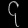
Digit: ၄